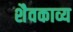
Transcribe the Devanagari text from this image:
शैवकाव्य